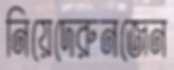
নিয়েদেরুনজেন